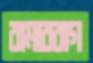
রামারবাগ